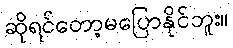
ဆိုရင်တော့မပြောနိုင်ဘူး။